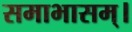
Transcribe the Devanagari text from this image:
समाभासम्।